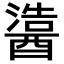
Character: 𬪵